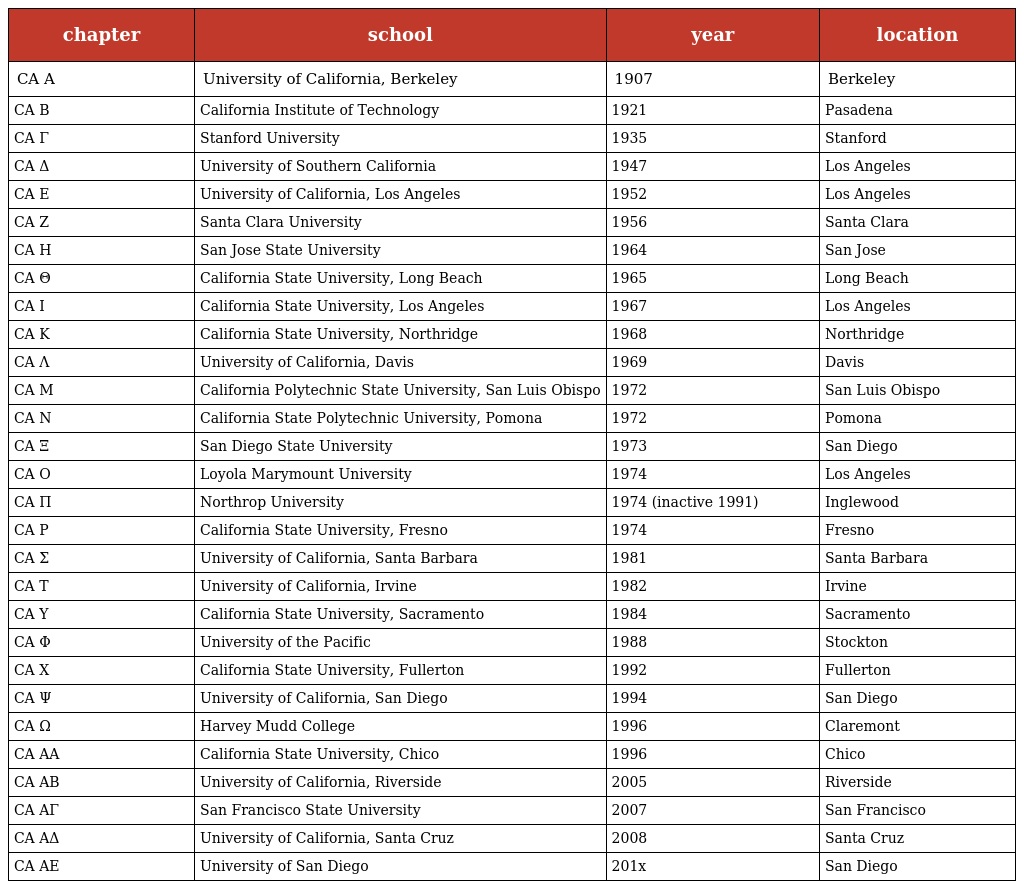
| chapter | school | year | location |
 | --- | --- | --- | --- |
 | CA Α | University of California, Berkeley | 1907 | Berkeley |
 | CA Β | California Institute of Technology | 1921 | Pasadena |
 | CA Γ | Stanford University | 1935 | Stanford |
 | CA Δ | University of Southern California | 1947 | Los Angeles |
 | CA Ε | University of California, Los Angeles | 1952 | Los Angeles |
 | CA Ζ | Santa Clara University | 1956 | Santa Clara |
 | CA H | San Jose State University | 1964 | San Jose |
 | CA Θ | California State University, Long Beach | 1965 | Long Beach |
 | CA Ι | California State University, Los Angeles | 1967 | Los Angeles |
 | CA Κ | California State University, Northridge | 1968 | Northridge |
 | CA Λ | University of California, Davis | 1969 | Davis |
 | CA Μ | California Polytechnic State University, San Luis Obispo | 1972 | San Luis Obispo |
 | CA Ν | California State Polytechnic University, Pomona | 1972 | Pomona |
 | CA Ξ | San Diego State University | 1973 | San Diego |
 | CA Ο | Loyola Marymount University | 1974 | Los Angeles |
 | CA Π | Northrop University | 1974 (inactive 1991) | Inglewood |
 | CA Ρ | California State University, Fresno | 1974 | Fresno |
 | CA Σ | University of California, Santa Barbara | 1981 | Santa Barbara |
 | CA Τ | University of California, Irvine | 1982 | Irvine |
 | CA Υ | California State University, Sacramento | 1984 | Sacramento |
 | CA Φ | University of the Pacific | 1988 | Stockton |
 | CA Χ | California State University, Fullerton | 1992 | Fullerton |
 | CA Ψ | University of California, San Diego | 1994 | San Diego |
 | CA Ω | Harvey Mudd College | 1996 | Claremont |
 | CA ΑΑ | California State University, Chico | 1996 | Chico |
 | CA ΑΒ | University of California, Riverside | 2005 | Riverside |
 | CA ΑΓ | San Francisco State University | 2007 | San Francisco |
 | CA ΑΔ | University of California, Santa Cruz | 2008 | Santa Cruz |
 | CA ΑE | University of San Diego | 201x | San Diego |